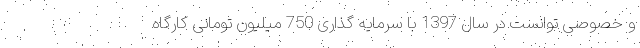
و خصوصی توانست در سال 1397 با سرمایه گذاری 750 میلیون تومانی کارگاه